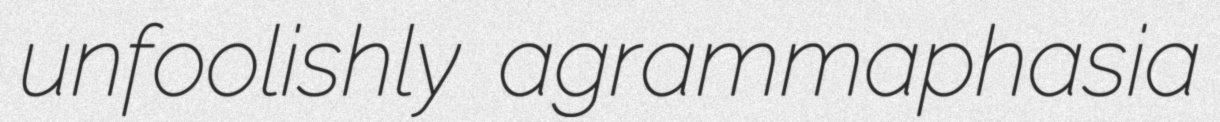
unfoolishly agrammaphasia